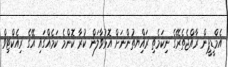
އެމްޑީޕީން ރާއްޖެތެރޭގެ ނިކަމެތި ރައްިޔތުންނަށް އޮޅުވާލަން ކުރާ ކޮންމެ ކަމެއްގައި އޭގެ ރިއެކްޓިވް